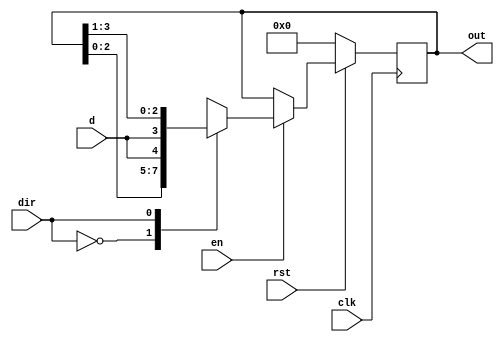
module nshift(out, d, dir, clk, rst, en);
	parameter N = 4;
	input d, clk, rst, en, dir;
	output reg[N-1:0] out;
	
	always @ (posedge clk) begin
		if(!rst)
			out <= 0;
		else begin
			if(en)
				case(dir)
					0: out <= {out[N-2:0], d};
					1: out <= {d, out[N-1:1]};
				endcase
			else 
				out <= out;
		end
	end
	
endmodule